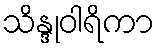
သိန္ဒုဝါရိကာ